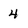
Character: 4